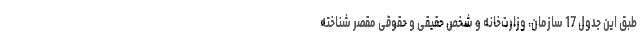
طبق این جدول 17 سازمان، وزارت‌خانه و شخص حقیقی و حقوقی مقصر شناخته